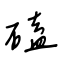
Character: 磕